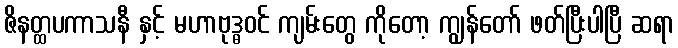
ဇိနတ္ထပကာသနီ နှင့် မဟာဗုဒ္ဓဝင် ကျမ်းတွေ ကိုတော့ ကျွန်တော် ဖတ်ပြီးပါပြီ ဆရာ